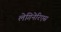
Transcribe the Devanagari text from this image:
लेगिनेरिएस